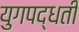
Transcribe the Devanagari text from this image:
युगपद्धती